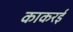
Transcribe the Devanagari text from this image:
काकरई